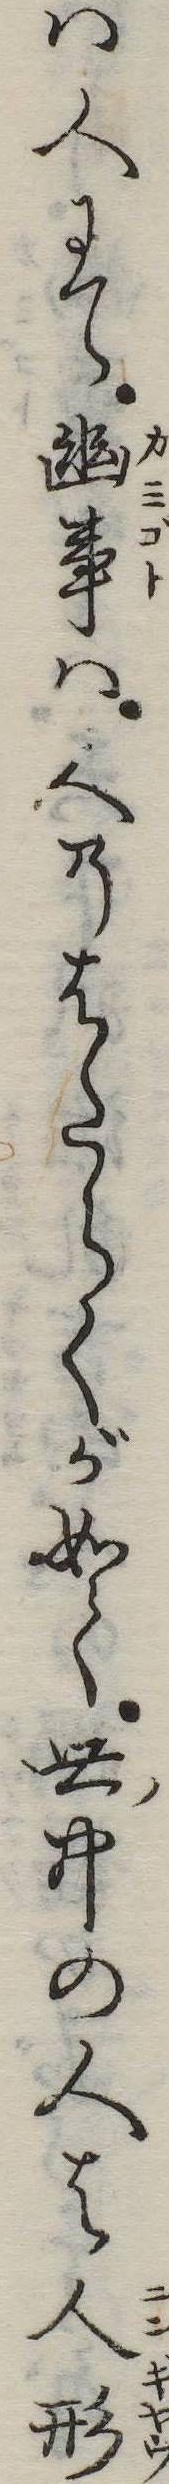
は人にて幽事は人のはたらくが如く世中の人は人形